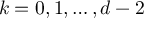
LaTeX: k = 0 , 1 , \dots , d - 2